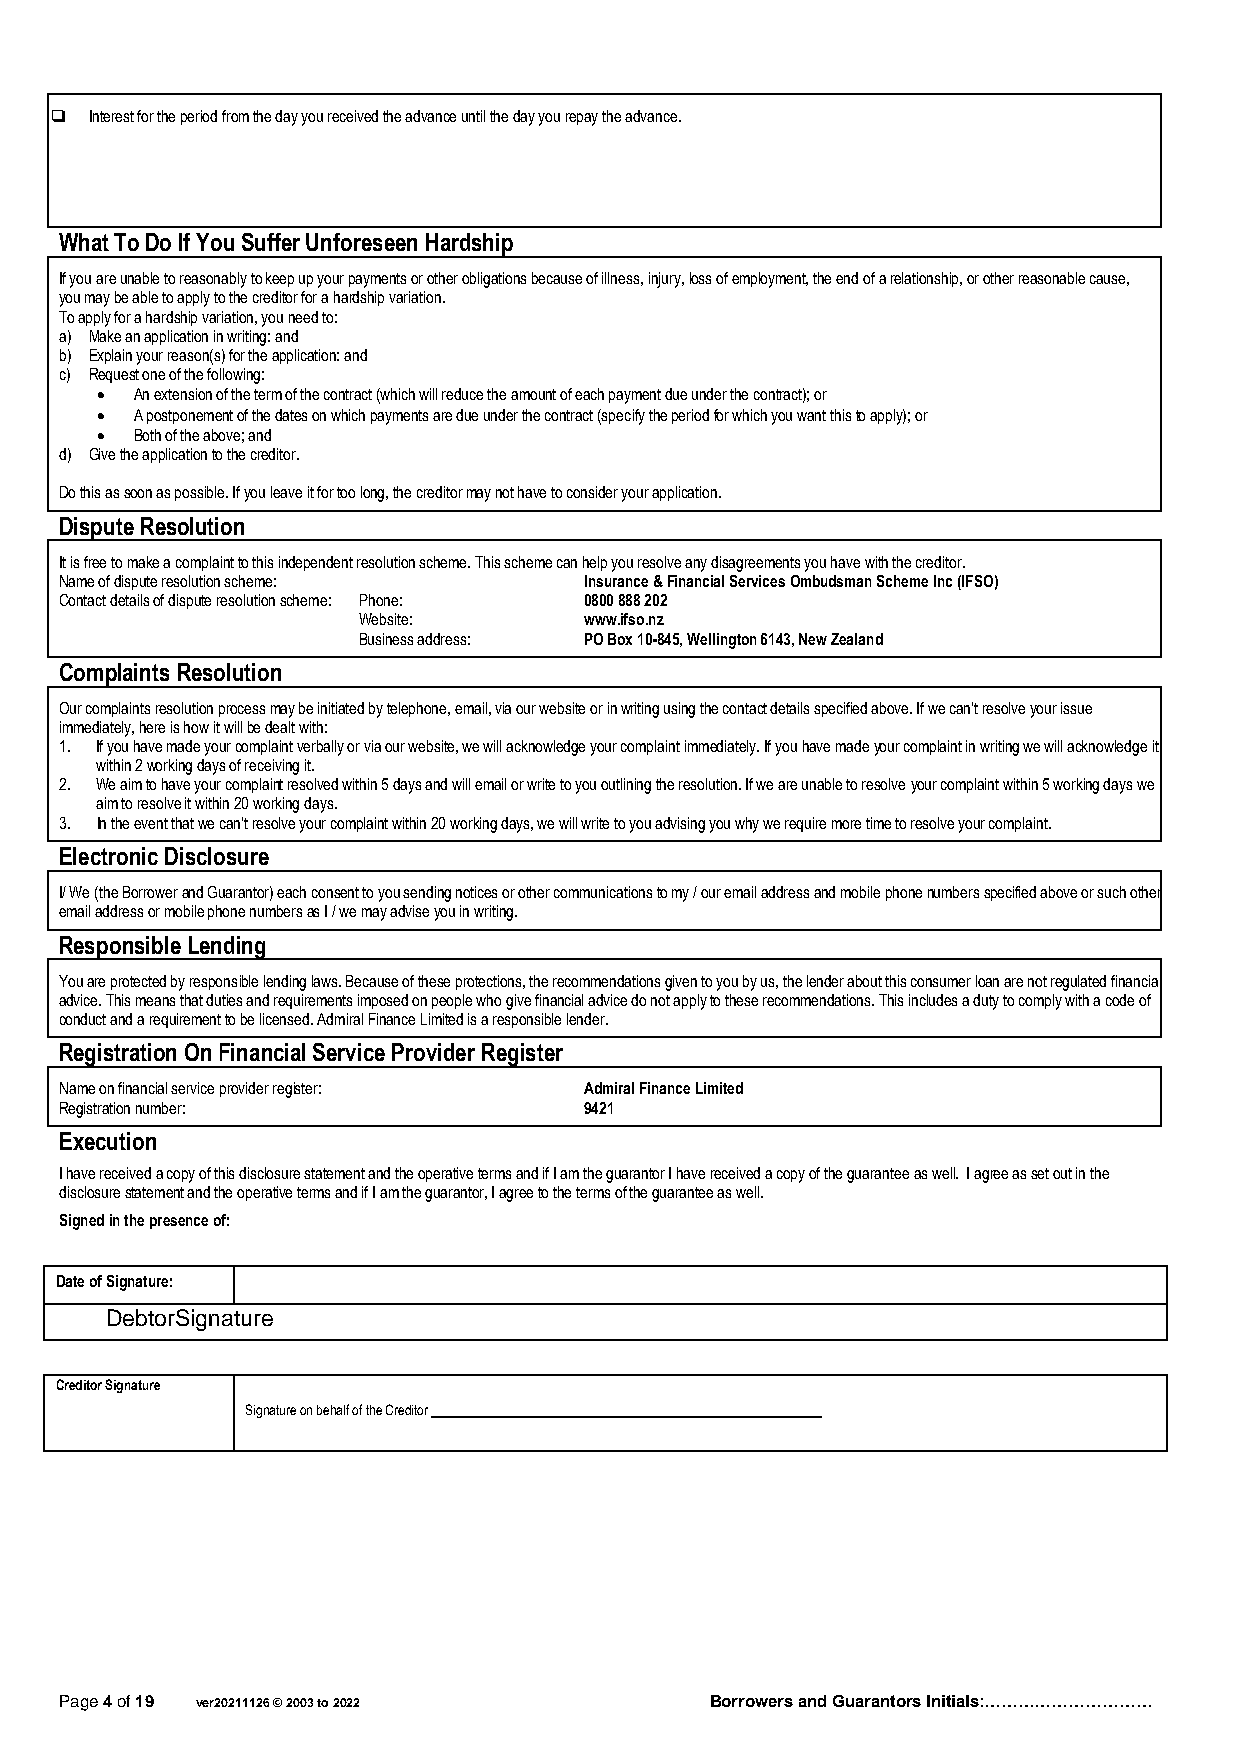
❑  Interest for the period from the day you received the advance until the day you repay the advance.
 What To Do If You Suffer Unforeseen Hardship
 If you are unable to reasonably to keep up your payments or other obligations because of illness, injury, loss of employment, the end of a relationship, or other reasonable cause,
 you may be able to apply to the creditor for a hardship variation.
 To apply for a hardship variation, you need to:
 a) Make an application in writing: and
 b) Explain your reason(s) for the application: and
 c) Request one of the following:
 •  An extension of the term of the contract (which will reduce the amount of each payment due under the contract); or
 •  A postponement of the dates on which payments are due under the contract (specify the period for which you want this to apply); or
 •  Both of the above; and
 d) Give the application to the creditor.
 Do this as soon as possible. If you leave it for too long, the creditor may not have to consider your application.
 Dispute Resolution
 It is free to make a complaint to this independent resolution scheme. This scheme can help you resolve any disagreements you have with the creditor.
 Name of dispute resolution scheme: Insurance & Financial Services Ombudsman Scheme Inc (IFSO)
 Contact details of dispute resolution scheme: Phone: 0800 888 202
 Website:       www.ifso.nz
 Business address: PO Box 10-845, Wellington 6143, New Zealand
 Complaints Resolution
 Our complaints resolution process may be initiated by telephone, email, via our website or in writing using the contact details specified above. If we can’t resolve your issue
 immediately, here is how it will be dealt with:
 1. If you have made your complaint verbally or via our website, we will acknowledge your complaint immediately. If you have made your complaint in writing we will acknowledge it
 within 2 working days of receiving it.
 2. We aim to have your complaint resolved within 5 days and will email or write to you outlining the resolution. If we are unable to resolve your complaint within 5 working days we
 aim to resolve it within 20 working days.
 3. In the event that we can’t resolve your complaint within 20 working days, we will write to you advising you why we require more time to resolve your complaint.
 Electronic Disclosure
 I/ We (the Borrower and Guarantor) each consent to you sending notices or other communications to my / our email address and mobile phone numbers specified above or such other
 email address or mobile phone numbers as I / we may advise you in writing.
 Responsible Lending
 You are protected by responsible lending laws. Because of these protections, the recommendations given to you by us, the lender about this consumer loan are not regulated financial
 advice. This means that duties and requirements imposed on people who give financial advice do not apply to these recommendations. This includes a duty to comply with a code of
 conduct and a requirement to be licensed. Admiral Finance Limited is a responsible lender.
 Registration On Financial Service Provider Register
 Name on financial service provider register: Admiral Finance Limited
 Registration number:               9421
 Execution
 I have received a copy of this disclosure statement and the operative terms and if I am the guarantor I have received a copy of the guarantee as well. I agree as set out in the
 disclosure statement and the operative terms and if I am the guarantor, I agree to the terms of the guarantee as well.
 Signed in the presence of:
 Date of Signature:
 DebtorSignature
 Creditor Signature
 Signature on behalf of the Creditor
 Page 4 of 19 ver20211126 © 2003 to 2022    Borrowers and Guarantors Initials:…………………………